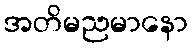
အတိမညမာနော